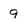
Character: 9